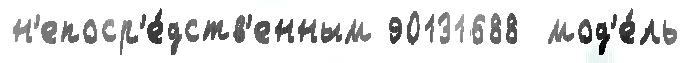
н'епоср'е́дств'енным 90131688  мод'е́ль